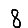
Digit: 8